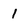
Character: I